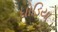
ઘોડિયા